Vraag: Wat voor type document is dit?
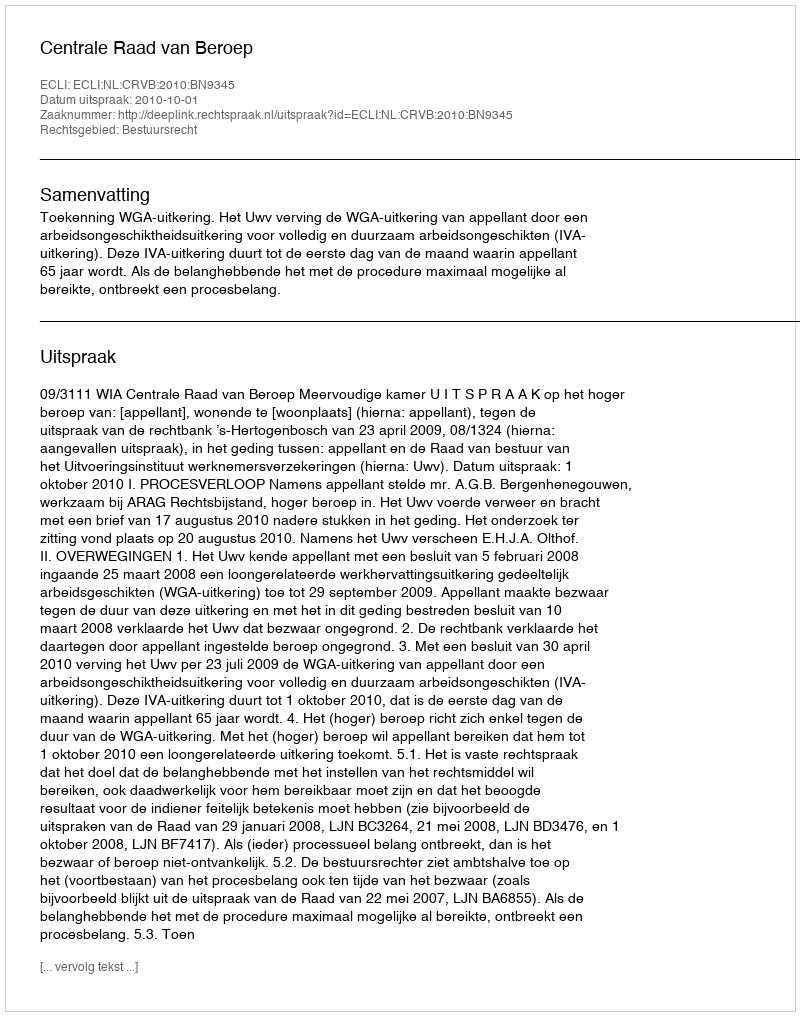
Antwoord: Uitspraak